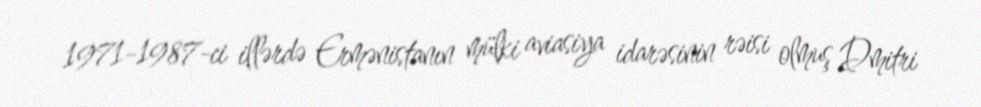
1971-1987-ci illərdə Ermənistanın mülki aviasiya idarəsinin rəisi olmuş Dmitri